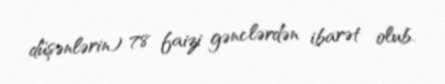
düşənlərin) 78 faizi gənclərdən ibarət olub.